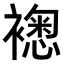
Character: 𧝮